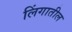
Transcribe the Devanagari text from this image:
लिंगातील